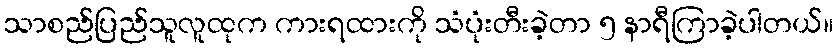
သာစည်ပြည်သူလူထုက ကားရထားကို သံပုံးတီးခဲ့တာ ၅ နာရီကြာခဲ့ပါတယ်။